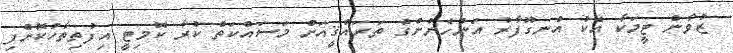
ޒުވާން ޓީމަކާ އެކު އުނގޫފާރު އަންހެނުންގެ ތަރައްޤީއަށް މަސައްކަތް ކުރާ ކޮމިޓީ އިފުތިތާހުކޮށްފި